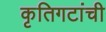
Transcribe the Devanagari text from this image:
कृतिगटांची